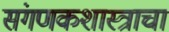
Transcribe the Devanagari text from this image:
संगणकशास्त्राचा